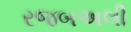
રજબઅલી